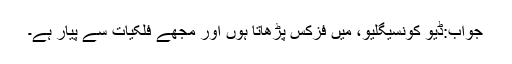
جواب:ڈیو کونسیگلیو، میں فزکس پڑھاتا ہوں اور مجھے فلکیات سے پیار ہے۔